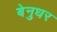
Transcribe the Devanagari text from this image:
बेनुधर